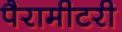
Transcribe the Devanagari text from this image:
पैरामीटरी